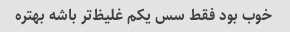
خوب بود فقط سس یکم غلیظ‌تر باشه بهتره